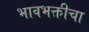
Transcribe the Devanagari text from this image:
भावभक्तीचा